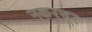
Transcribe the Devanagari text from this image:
नकरचूर